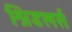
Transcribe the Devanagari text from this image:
श्निडलर्स